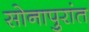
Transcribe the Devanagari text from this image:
सोनापुरांत